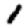
Digit: 1